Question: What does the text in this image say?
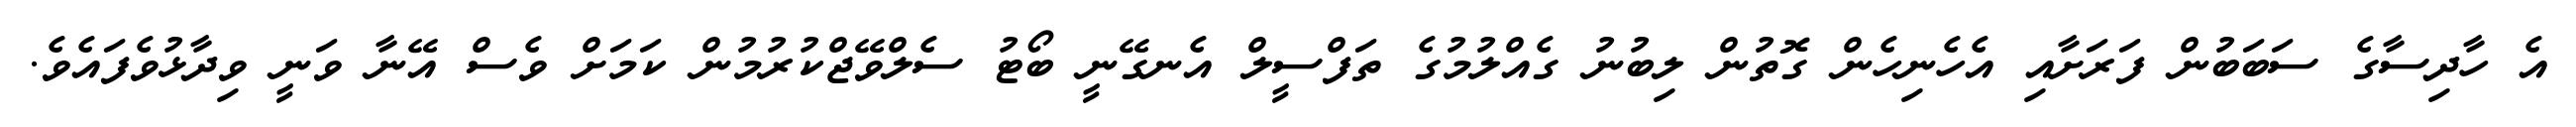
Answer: އެ ހާދިސާގެ ސަބަބުން ފަރަށާއި އެހެނިހެން ގޮތުން ލިބުނު ގެއްލުމުގެ ތަފްސީލް އެނގޭނީ ބޯޓު ސެލްވޭޖްކުރުމުން ކަމަށް ވެސް އޭނާ ވަނީ ވިދާޅުވެފައެވެ.